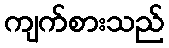
ကျက်စားသည်